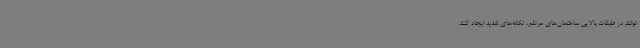
توانند در طبقات بالایی ساختمان‌های مرتفع، تکانه‌های شدید ایجاد کنند